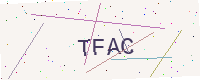
Text: TFAC